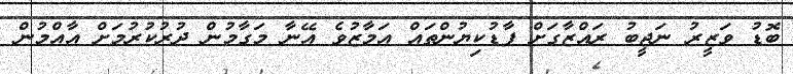
ބޮޑު ވަޒީރު ނަޖީބު ރައްޒާގަށް ފާޑުކިޔުންތައް އަމާޒުވެ އޭނާ މަގާމުން ދުރުކުރުމަށް އާއްމުން